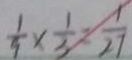
\frac { 1 } { 9 } \times \frac { 1 } { 3 } = \frac { 1 } { 2 7 }